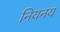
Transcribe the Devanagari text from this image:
नियनय